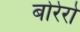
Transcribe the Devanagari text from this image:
बोरेरो